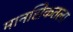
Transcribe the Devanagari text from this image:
मानसिकतला